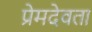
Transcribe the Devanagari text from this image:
प्रेमदेवता